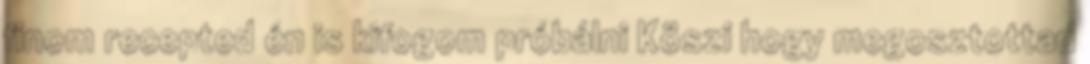
finom recepted én is kifogom próbálni Köszi hogy megosztottad